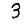
Digit: 3